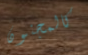
كالمجنون